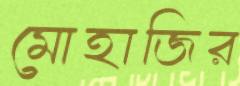
মোহাজির